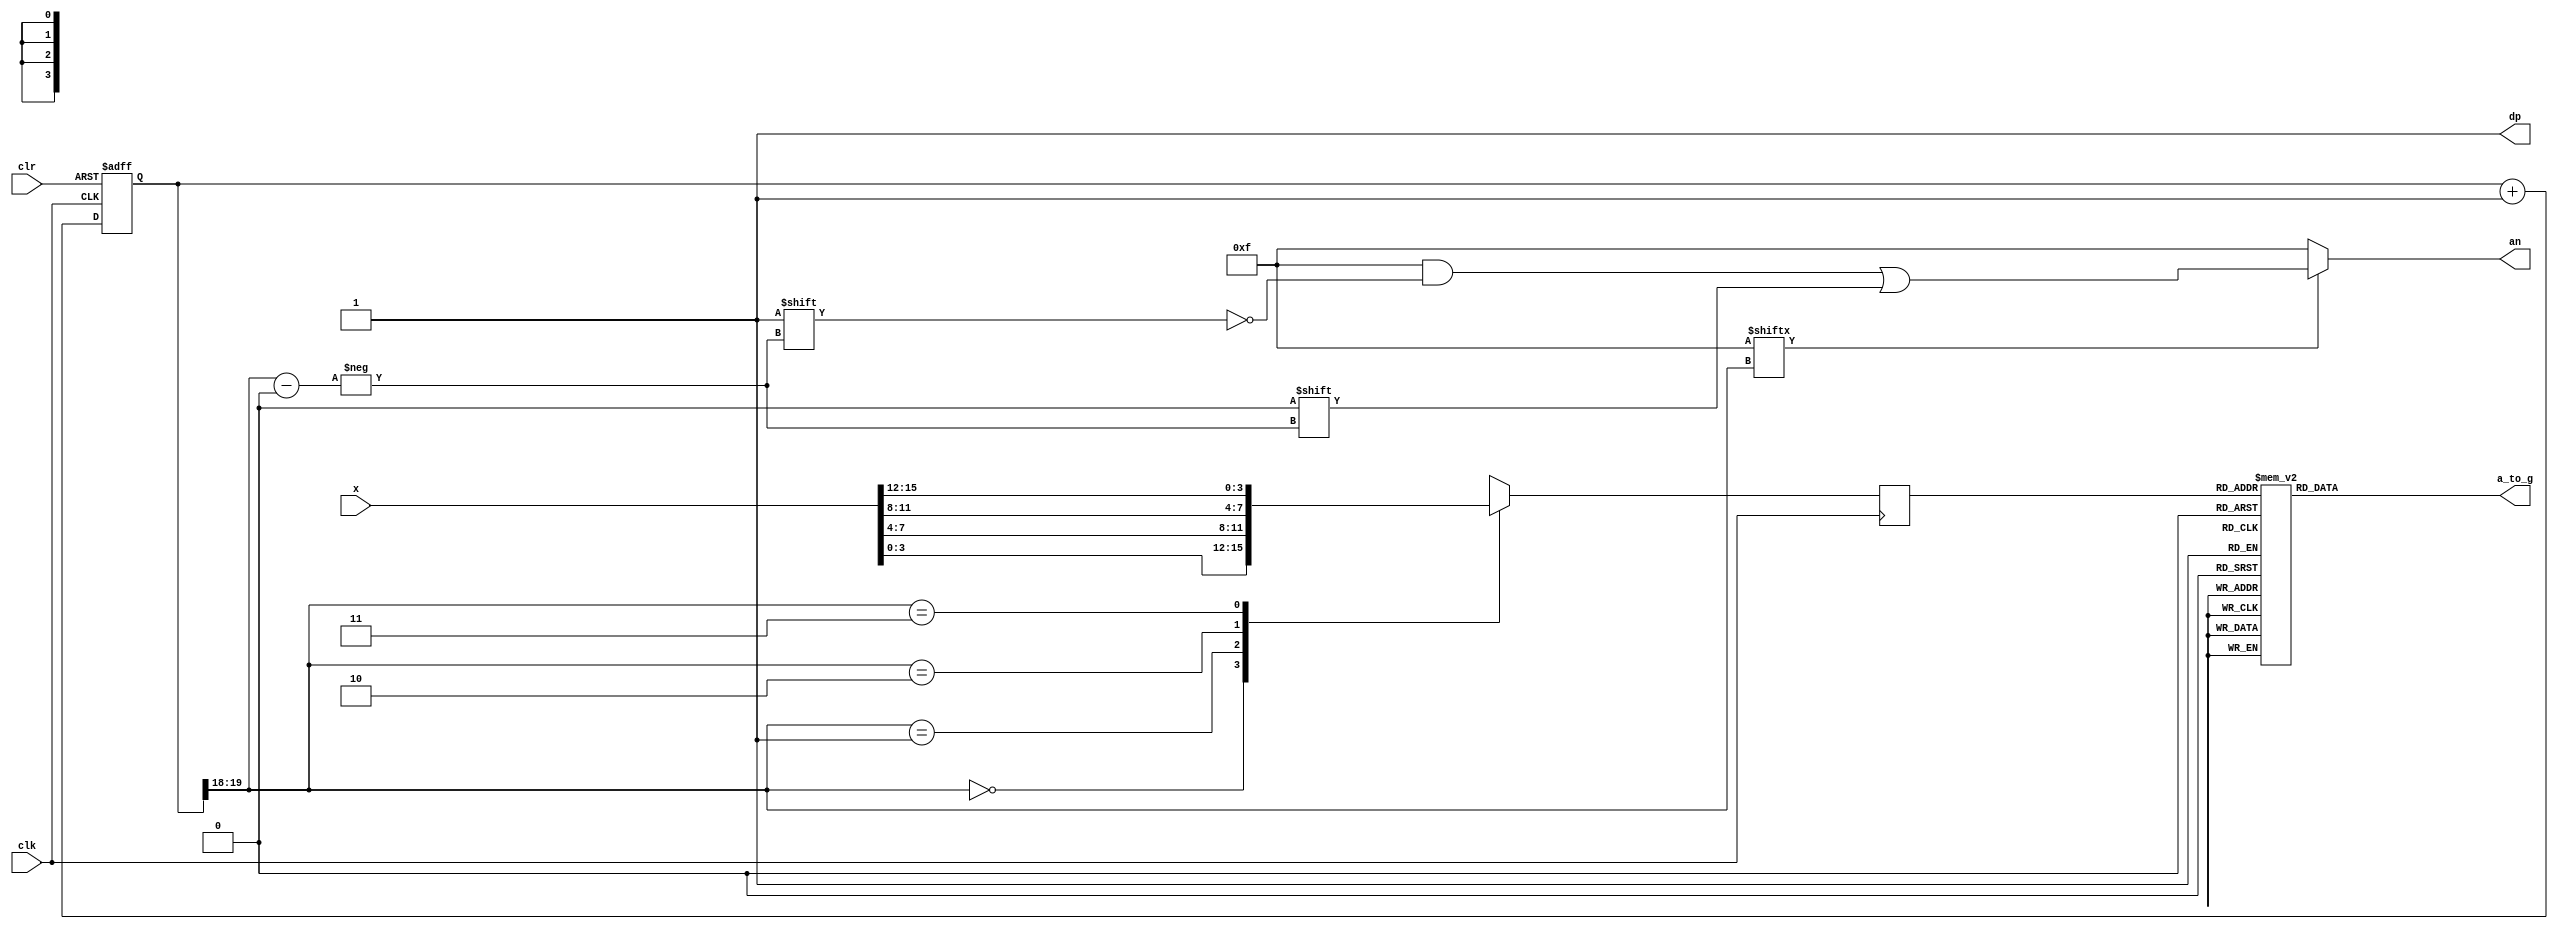
module seg7decimal_1(
	 input [15:0] x,
    input clk,
    input clr,
    output reg [6:0] a_to_g,
    output reg [3:0] an,
    output wire dp 
	 );
wire [1:0] s;	 
reg [3:0] digit;
wire [3:0] aen;
reg [19:0] clkdiv;
assign dp = 1;
assign s = clkdiv[19:18];
assign aen = 4'b1111; 
always @(posedge clk)
	case(s)
	0:digit = x[3:0]; 
	1:digit = x[7:4]; 
	2:digit = x[11:8]; 
	3:digit = x[15:12]; 
	default:digit = x[3:0];
	endcase
	always @(*)
case(digit)
0:a_to_g = 7'b1000000;
1:a_to_g = 7'b1111001;
2:a_to_g = 7'b0100100;
3:a_to_g = 7'b0110000;
4:a_to_g = 7'b0011001;
5:a_to_g = 7'b0010010;
6:a_to_g = 7'b0000010;
7:a_to_g = 7'b1111000;
8:a_to_g = 7'b0000000;
9:a_to_g = 7'b0010000;
'hA:a_to_g = 7'b0111111; 
'hB:a_to_g = 7'b1111111; 
'hC:a_to_g = 7'b1110111;
default: a_to_g = 7'b0000000; 
endcase
always @(*)begin
an=4'b1111;
if(aen[s] == 1)
an[s] = 0;
end
always @(posedge clk or posedge clr) begin
if ( clr == 1)
clkdiv <= 0;
else
clkdiv <= clkdiv+1;
end
endmodule